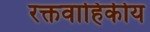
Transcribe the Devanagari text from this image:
रक्तवाहिकीय